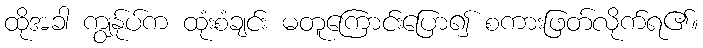
ထိုအခါ ကျွန်ုပ်က ထုံးစံချင်း မတူကြောင်းပြော၍ စကားဖြတ်လိုက်ရ၏။